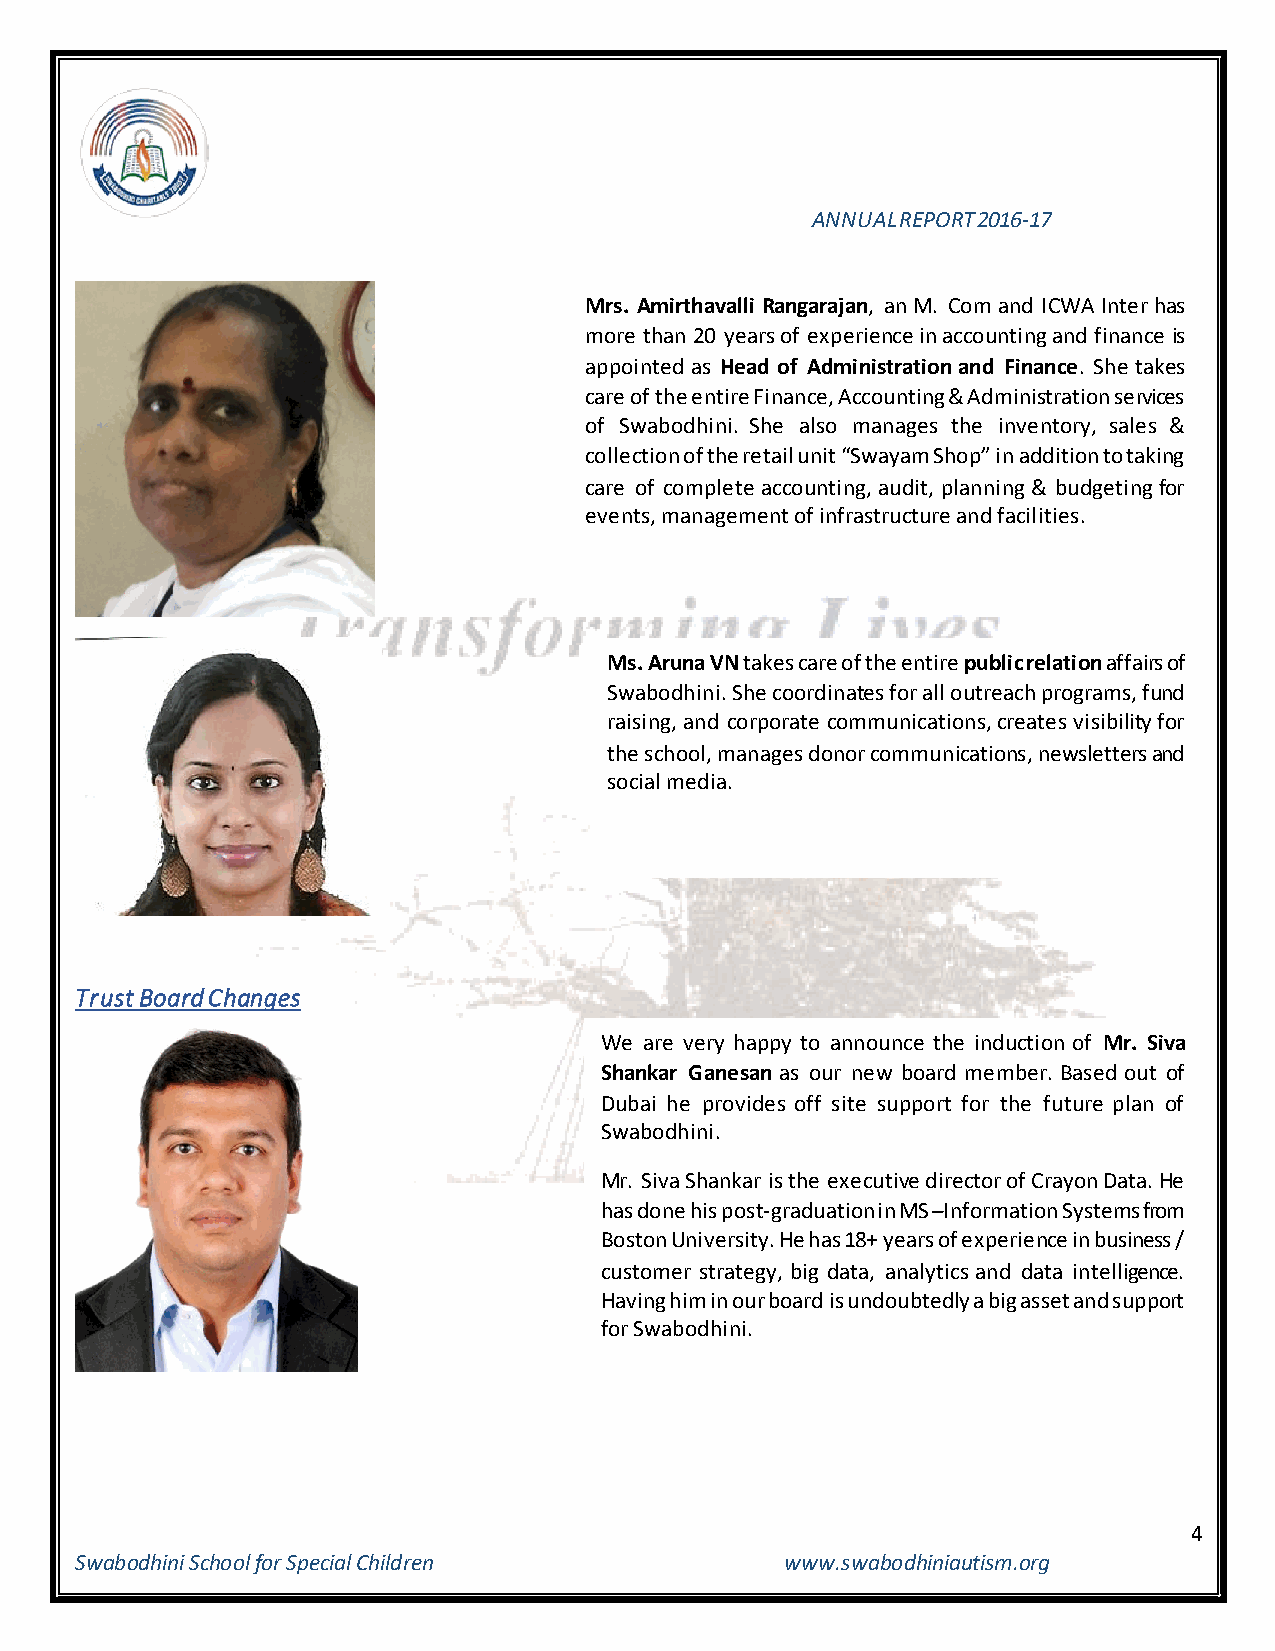
ANNUAL REPORT 2016-17
 Mrs. Amirthavalli Rangarajan, an M. Com and ICWA Inter has
 more than 20 years of experience in accounting and finance is
 appointed as Head of Administration and Finance. She takes
 care of the entire Finance, Accounting & Administration services
 of Swabodhini. She also manages the inventory, sales &
 collection of the retail unit “Swayam Shop” in addition to taking
 care of complete accounting, audit, planning & budgeting for
 events, management of infrastructure and facilities.
 Ms. Aruna VN takes care of the entire public relation affairs of
 Swabodhini. She coordinates for all outreach programs, fund
 raising, and corporate communications, creates visibility for
 the school, manages donor communications, newsletters and
 social media.
 Trust Board Changes
 We are very happy to announce the induction of Mr. Siva
 Shankar Ganesan as our new board member. Based out of
 Dubai he provides off site support for the future plan of
 Swabodhini.
 Mr. Siva Shankar is the executive director of Crayon Data. He
 has done his post-graduation in MS –Information Systems from
 Boston University. He has 18+ years of experience in business /
 customer strategy, big data, analytics and data intelligence.
 Having him in our board is undoubtedly a big asset and support
 for Swabodhini.
 4
 Swabodhini School for Special Children         www.swabodhiniautism.org